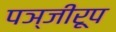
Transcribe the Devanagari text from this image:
पञ्जीरूप